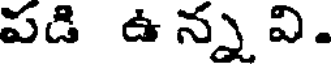
పడి ఉ న్న వి.